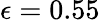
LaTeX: \epsilon=0.55